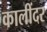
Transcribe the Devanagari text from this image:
कालींदर